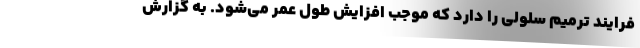
فرایند ترمیم سلولی را دارد که موجب افزایش طول عمر می‌شود. به گزارش